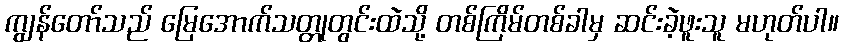
ကျွန်တော်သည် မြေအောက်သတ္တုတွင်းထဲသို့ တစ်ကြိမ်တစ်ခါမှ ဆင်းခဲ့ဖူးသူ မဟုတ်ပါ။